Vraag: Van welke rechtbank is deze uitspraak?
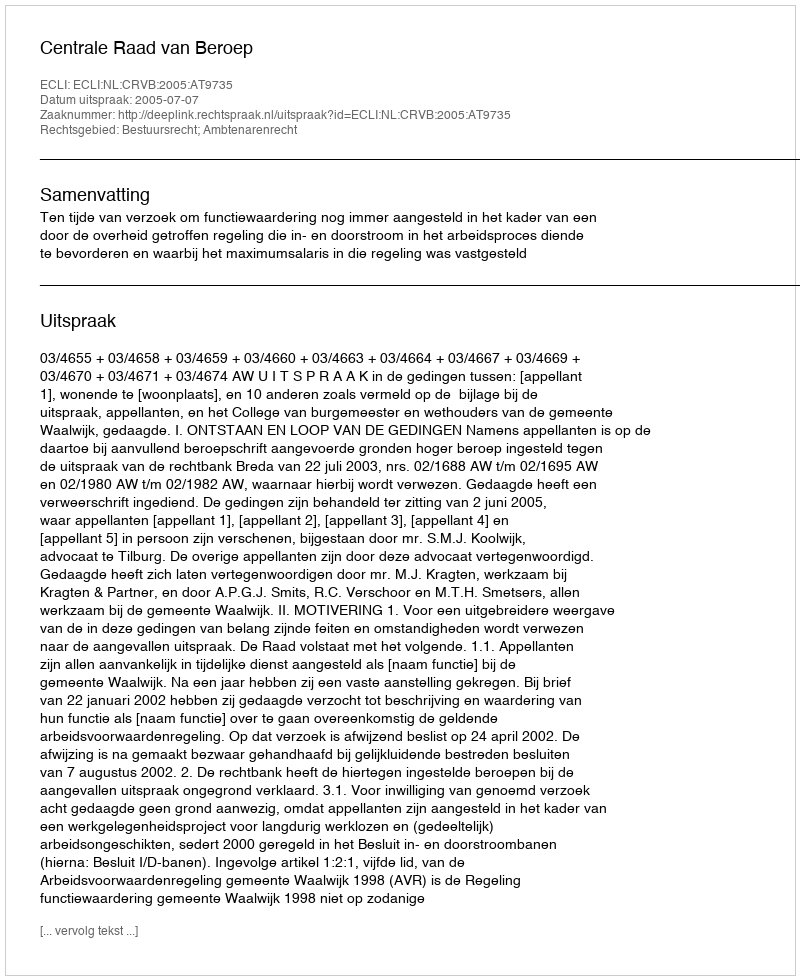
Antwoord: Centrale Raad van Beroep